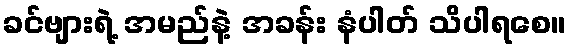
ခင်ဗျားရဲ့ အမည်နဲ့ အခန်း နံပါတ် သိပါရစေ။